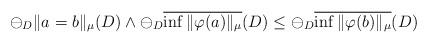
LaTeX: \begin{align*}\ominus_D \|a=b\|_{\mu}(D) \wedge \ominus_D \overline{\inf \|\varphi(a)\|_{\mu}}(D) \leq \ominus_D \overline{\inf \|\varphi(b)\|_{\mu}}(D)\end{align*}